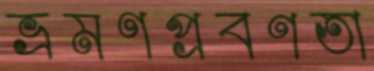
ভ্রমণপ্রবণতা